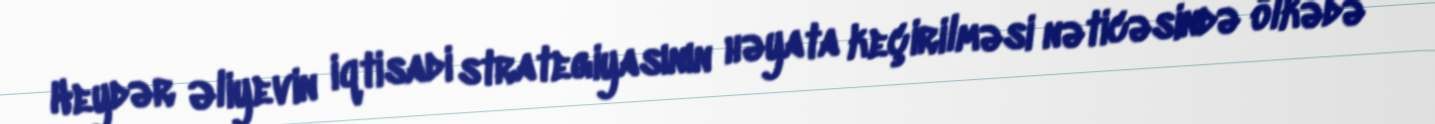
Heydər Əliyevin iqtisadi strategiyasının həyata keçirilməsi nəticəsində ölkədə